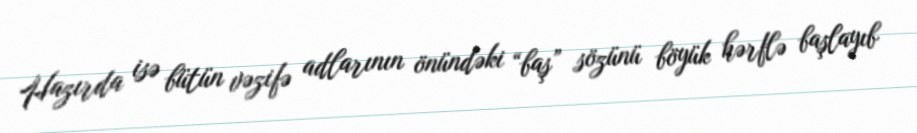
Hazırda isə bütün vəzifə adlarının önündəki “baş” sözünü böyük hərflə başlayıb